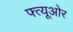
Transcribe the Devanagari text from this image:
फ्त्यूओर